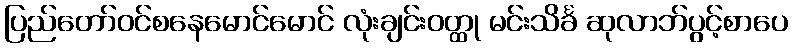
ပြည်တော်ဝင်စနေမောင်မောင် လုံးချင်းဝတ္ထု မင်းသိင်္ခ ဆုလာဘ်ပွင့်စာပေ